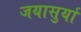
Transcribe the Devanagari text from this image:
जयासुर्या